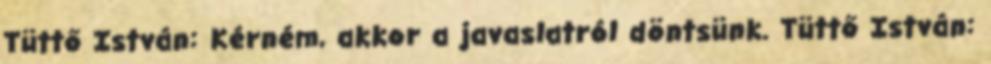
Tüttő István: Kérném, akkor a javaslatról döntsünk. Tüttő István: